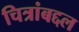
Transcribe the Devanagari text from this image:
चित्रांबद्दल